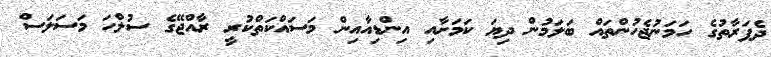
ދެފަރާތުގެ ހަމަނުޖެހުންތައް ބަލަމުން ދިޔަ ކަމަށާއި އިންޑިއާއިން މަސައްކަތްކުރީ ރާއްޖޭގެ ސުލްހަ މަސަލަސް